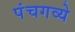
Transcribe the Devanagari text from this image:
पंचगव्ये